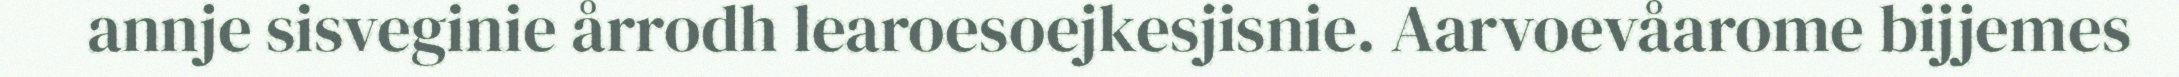
annje sisveginie årrodh learoesoejkesjisnie. Aarvoevåarome bijjemes